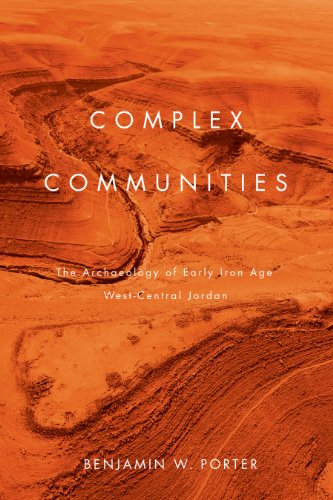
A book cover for Complex Communities: The Archaeology of Early Iron Age West-Central Jordan; Benjamin W. Porter; History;